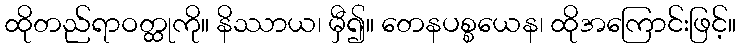
ထိုတည်ရာဝတ္ထုကို။ နိဿာယ၊ မှီ၍။ တေနပစ္စယေန၊ ထိုအကြောင်းဖြင့်။